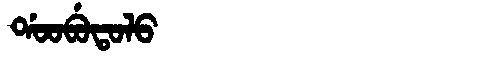
Manchu: ᡩᠣᠣᠪᡠᡨᠣᠯᠣ
Romanization: DOOBUTOLO